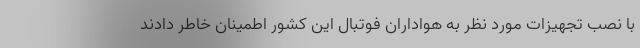
با نصب تجهیزات مورد نظر به هواداران فوتبال این کشور اطمینان خاطر دادند